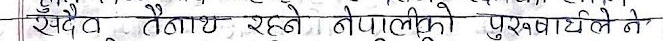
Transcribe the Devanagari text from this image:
देउदै तौनाथ रहने नेपालीको पुष्पराज दिले ने